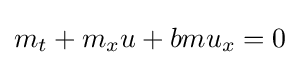
m_{t}+m_{x}u+bmu_{x}=0